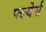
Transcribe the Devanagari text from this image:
फ्ल्येर्स